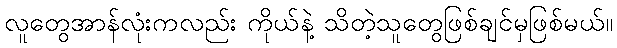
လူတွေအာန်လုံးကလည်း ကိုယ်နဲ့ သိတဲ့သူတွေဖြစ်ချင်မှဖြစ်မယ်။